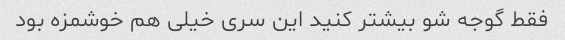
فقط گوجه شو بیشتر کنید این سری خیلی هم خوشمزه بود